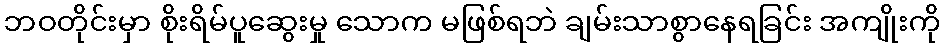
ဘဝတိုင်းမှာ စိုးရိမ်ပူဆွေးမှု သောက မဖြစ်ရဘဲ ချမ်းသာစွာနေရခြင်း အကျိုးကို